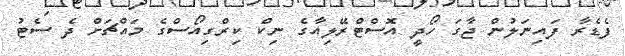
ފެޑެރާ ފައިނަލުން ޖާގަ ހޯދީ އޮސްޓްރޭލިއާގެ ނިކް ކިރްގިއޯސްގެ މައްޗަށް ދެ ސެޓު